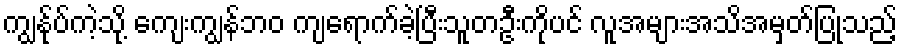
ကျွန်ုပ်ကဲ့သို့ ကျေးကျွန်ဘဝ ကျရောက်ခဲ့ပြီးသူတဦးကိုပင် လူအများအသိအမှတ်ပြုသည့်